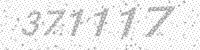
Solution: 371117